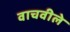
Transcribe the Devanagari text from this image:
वाचवीले